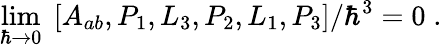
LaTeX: \operatorname*{lim}_{\hbar\rightarrow 0}\; \left[A_{ab},P_{1},L_{3},P_{2},L_{1},P_{3}\right]/\hbar^{3}=0\; .